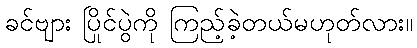
ခင်ဗျား ပြိုင်ပွဲကို ကြည့်ခဲ့တယ်မဟုတ်လား။